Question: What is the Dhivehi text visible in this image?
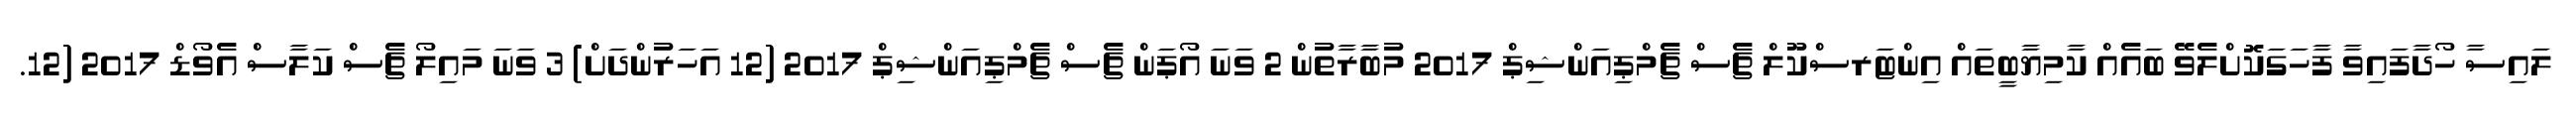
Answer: ލައިސާ ހޯދާފައިވާ ފާހަގަކޮށްލެވޭ ބައެއް ކާމިޔާބީތައް އިންޓަރސްކޫލް ޗެސް ޗެމްޕިއަންޝިޕް 2017 މުބާރާތުން 2 ވަނަ އޯޕަން ޗެސް ޗެމްޕިއަންޝިޕް 2017 (12 އަހަރުންދަށް) 3 ވަނަ މައިލޯ ޗެސް ކަލާސް އެވޯޑް 2017 (12.